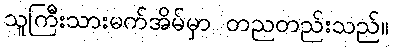
သူကြီးသားမက်အိမ်မှာ တညတည်းသည်။